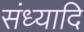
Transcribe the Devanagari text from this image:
संध्यादि